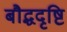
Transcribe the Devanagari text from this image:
बौद्धदृष्टि